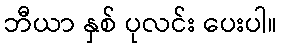
ဘီယာ နှစ် ပုလင်း ပေးပါ။